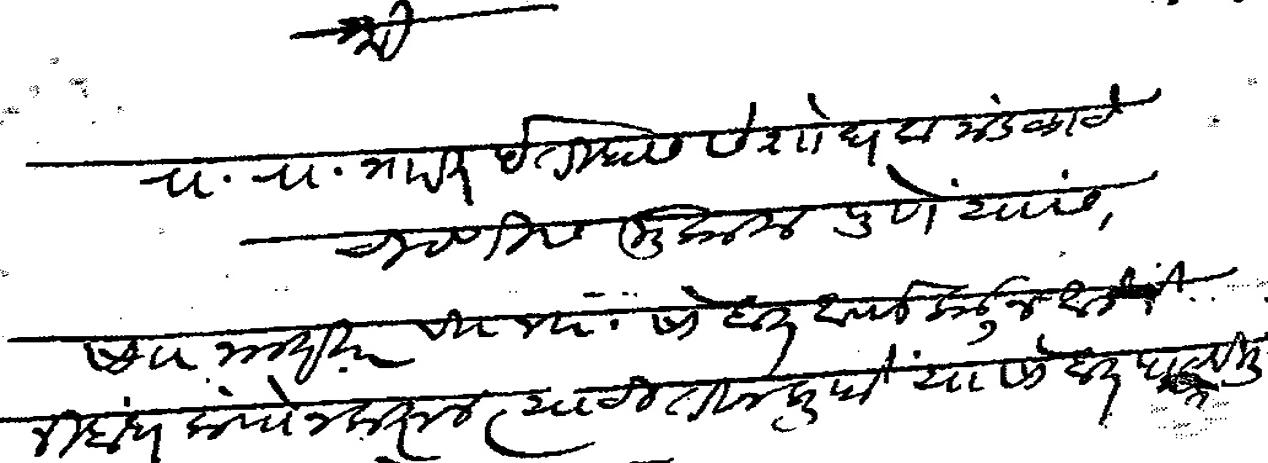
Transliteration (Devanagari): श्री रा रा भारत इतिहास संशोधक मंडळाचे चिटणीस मुकाम पुणे यांस सा नमस्कार वि वि सोबत आपलेकडून आलेले निबंध कंपोजकरून त्याची तीन प्रुफें यासोबत पाठविली